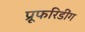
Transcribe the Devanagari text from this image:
प्रूफरिडींग